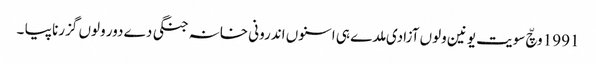
1991 وچّ سویت یونین ولوں آزادی ملدے ہی اسنوں اندرونی خانہ جنگی دے دور ولوں گزرنا پیا ۔